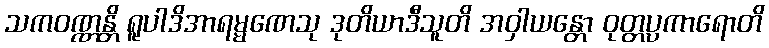
သကဝဏ္ဏန္တိ ရူပါဒိအာရမ္မဏေသု ဒုတိယာဒီသူတိ အဝှါယန္တော ဝုတ္တပ္ပကာရောတိ